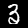
Label: 3